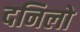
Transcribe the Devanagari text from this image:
दनिलो